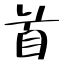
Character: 首